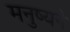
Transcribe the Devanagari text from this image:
मनुष्यने